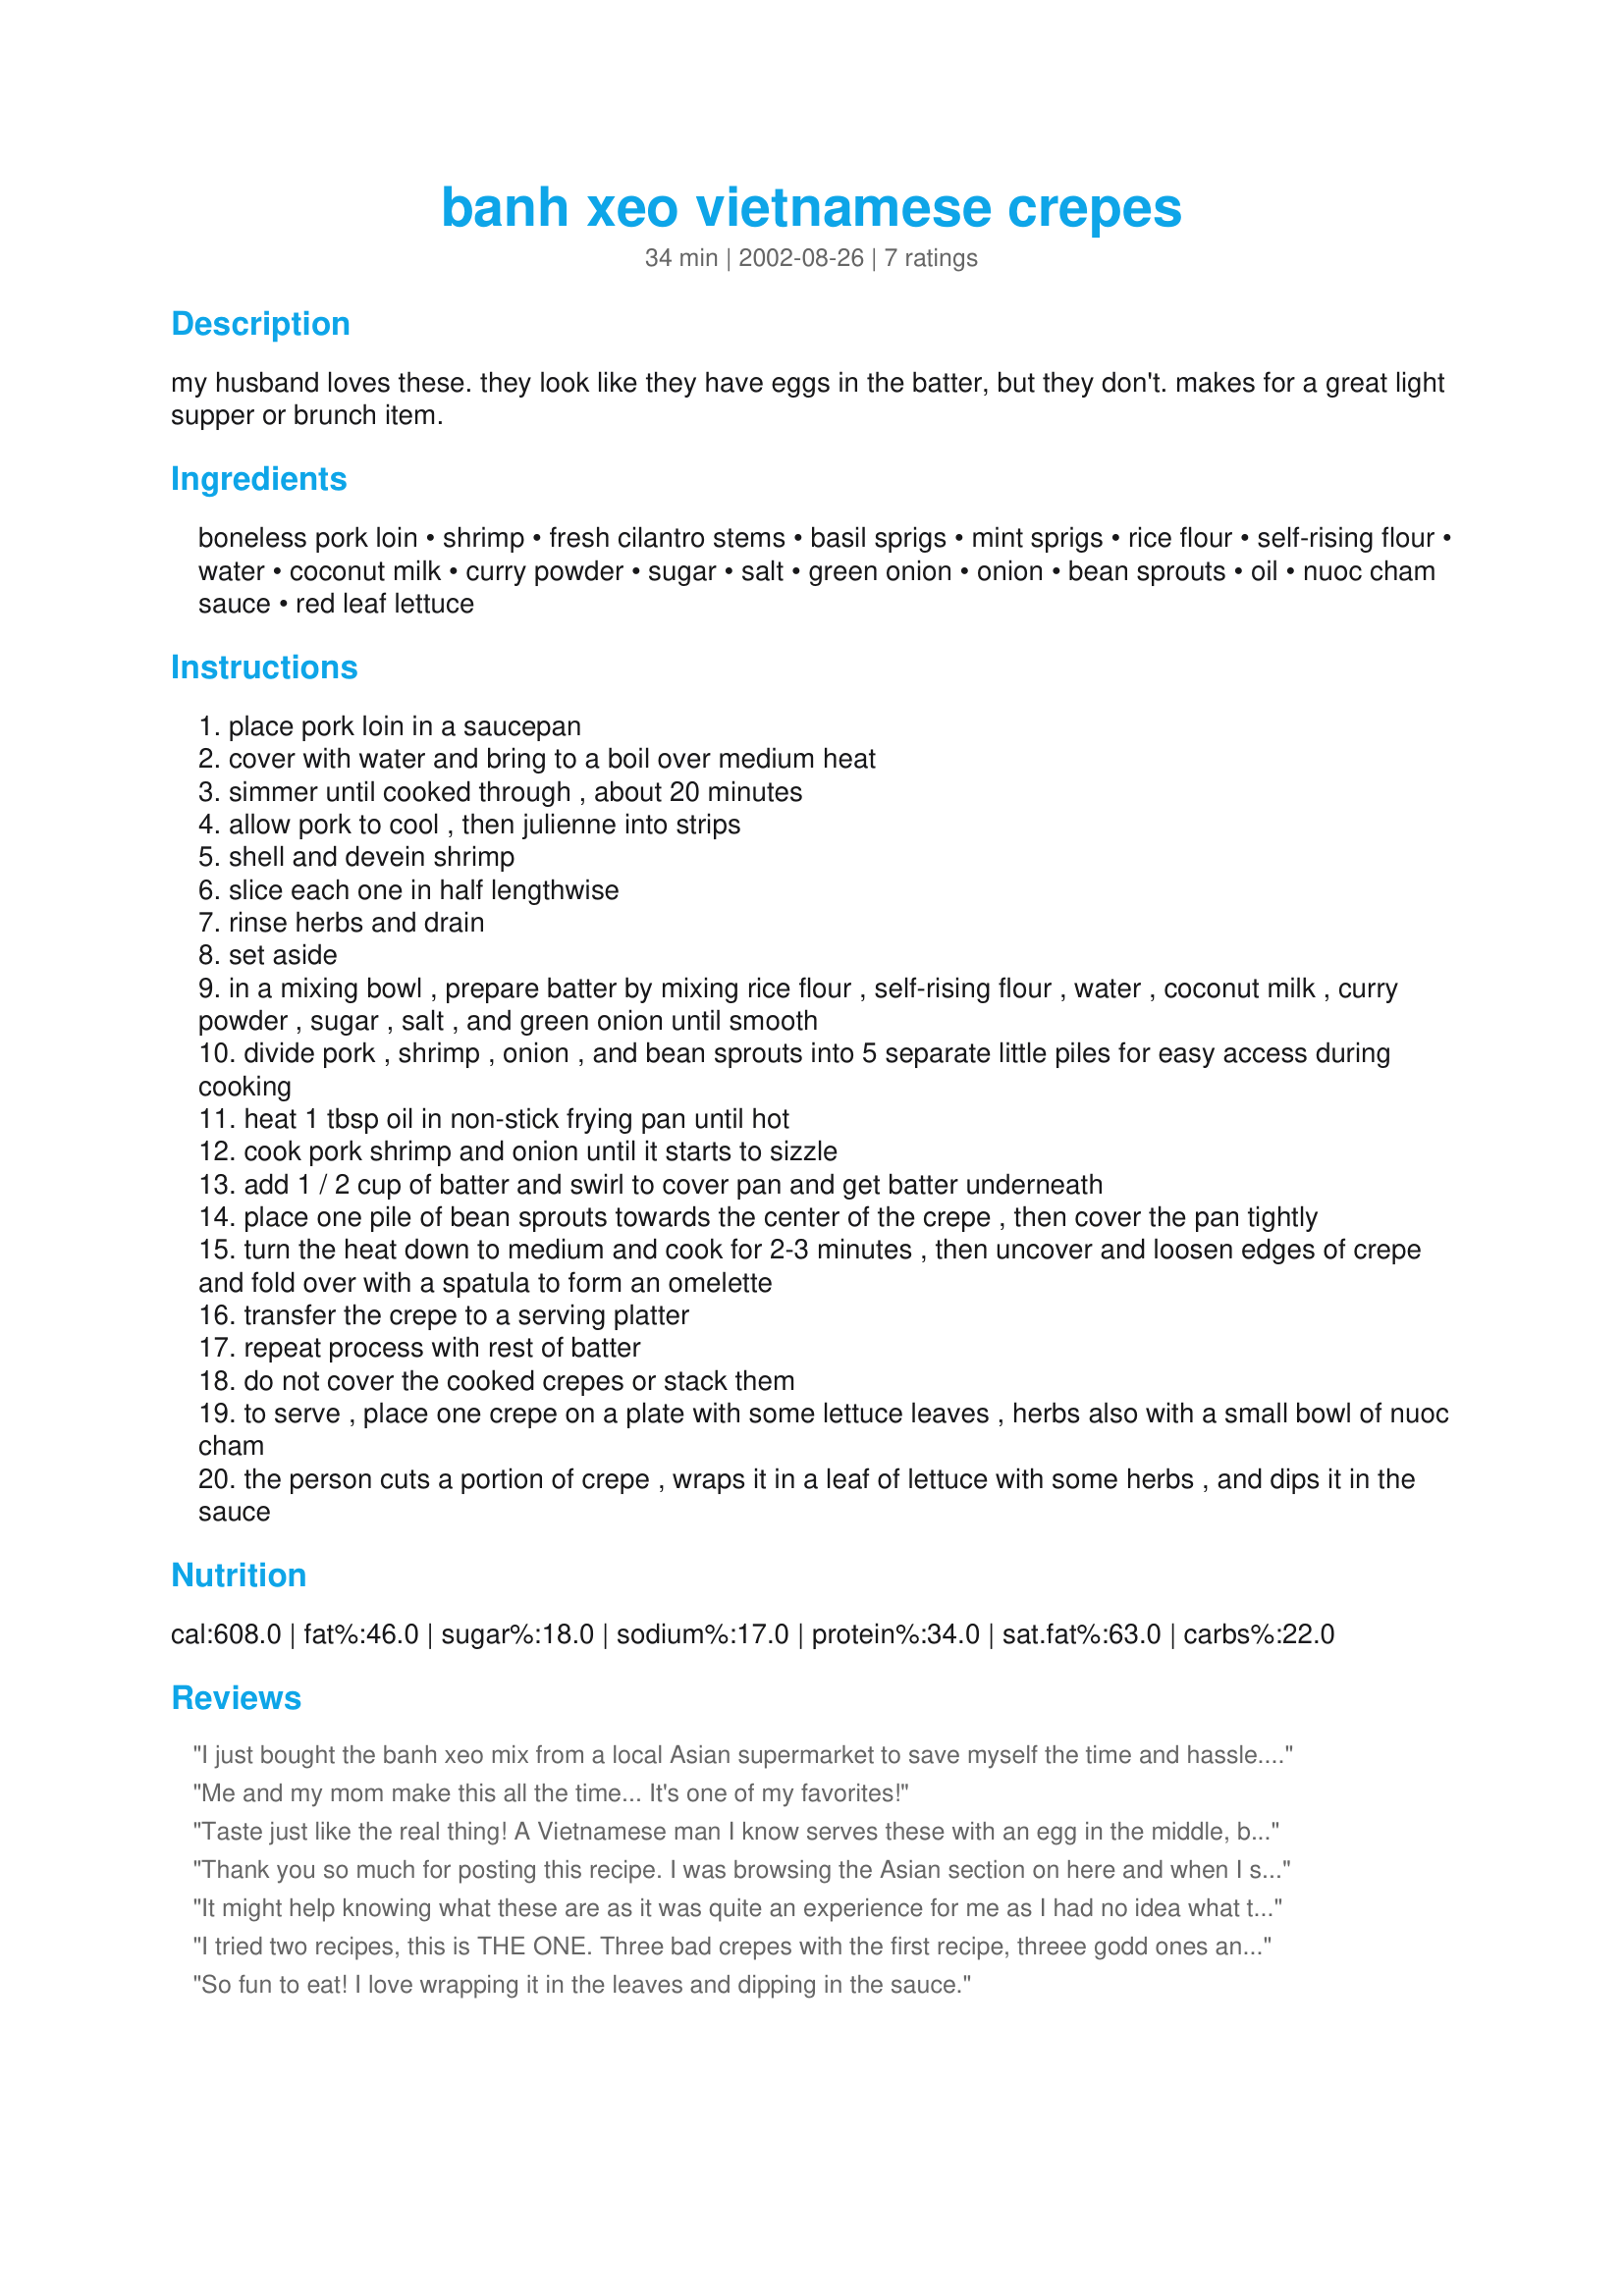
banh xeo vietnamese crepes
Preparation time: 34 minutes

my husband loves these. they look like they have eggs in the batter, but they don't. makes for a great light supper or brunch item.

Ingredients:
boneless pork loin, shrimp, fresh cilantro stems, basil sprigs, mint sprigs, rice flour, self-rising flour, water, coconut milk, curry powder, sugar, salt, green onion, onion, bean sprouts, oil, nuoc cham sauce, red leaf lettuce

Steps:
place pork loin in a saucepan
cover with water and bring to a boil over medium heat
simmer until cooked through , about 20 minutes
allow pork to cool , then julienne into strips
shell and devein shrimp
slice each one in half lengthwise
rinse herbs and drain
set aside
in a mixing bowl , prepare batter by mixing rice flour , self-rising flour , water , coconut milk , curry powder , sugar , salt , and green onion until smooth
divide pork , shrimp , onion , and bean sprouts into 5 separate little piles for easy access during cooking
heat 1 tbsp oil in non-stick frying pan until hot
cook pork shrimp and onion until it starts to sizzle
add 1 / 2 cup of batter and swirl to cover pan and get batter underneath
place one pile of bean sprouts towards the center of the crepe , then cover the pan tightly
turn the heat down to medium and cook for 2-3 minutes , then uncover and loosen edges of crepe and fold over with a spatula to form an omelette
transfer the crepe to a serving platter
repeat process with rest of batter
do not cover the cooked crepes or stack them
to serve , place one crepe on a plate with some lettuce leaves , herbs also with a small bowl of nuoc cham
the person cuts a portion of crepe , wraps it in a leaf of lettuce with some herbs , and dips it in the sauce

Reviews:
I just bought the banh xeo mix from a local Asian supermarket to save myself the time and hassle. Have no idea how to make this stuff but was having a little bit of nostalgia from my childhood, when my mom would make this. Forgot about getting coconut milk (which she bought canned). The package says you can use regular milk - I don't think it would be as sweet. She used mushrooms, tiger shrimp and some kind of pork I can't recall - and omitted the curry powder because my siblings and I hated it. I don't like curry at all, and prefer the regular color. Studies show turmeric can reduce the chance of neurological disease such as Alzheimer's, so I may consider putting some of it in (comes with the mix, packaged separately). Instead of wrapping this in lettuce, though, we used spring roll wraps to make a "goi cuon" so to speak out of it. You can get that at the local Asian supermarket, too. It's less messy, as the banh xeo can be pretty oily.
Me and my mom make this all the time... It's one of my favorites!
Taste just like the real thing! A Vietnamese man I know serves these with an egg in the middle, but I like them as is - perhaps with a tad more curry powder. thanks for posting! (^o^)
Thank you so much for posting this recipe. I was browsing the Asian section on here and when I saw this it took me back to my childhood. I can remember all of my family sitting at the dinner table while my Mom prepared this great dish. I was so excited about this that I made it for my husband who loved it instantly! If you have an oriental market near you...they have Bahn Xeo already pre-packaged. All you have to do is add water, coconut milk and the green onion! How simple is that. They used tumeric instead of the curry powder though. Great post...thanks for the memories!
It might help knowing what these are as it was quite an experience for me as I had no idea what to expect. It took a few gos to get the batter consistency right and the temperature right. The last crepe was spot on but the earlier ones left a bit to be desired. Regardless of their appearance they tasted great (I used turmeric) and the whole family loved it. The batter is rich but well balanced with the herbs and lettuce. I used the recommended sauce and that was great, too (I recommend using half the sauce) I can't wait to make it again and this time knowing what to do.
I tried two recipes, this is THE ONE. Three bad crepes with the first recipe, threee godd ones and one perfect one from this recipe. It does take little bit of patience to get them right. Thanks, love this.
So fun to eat! I love wrapping it in the leaves and dipping in the sauce.
